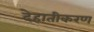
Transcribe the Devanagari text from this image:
देहातीकरण